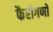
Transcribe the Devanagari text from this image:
फैरोगणों